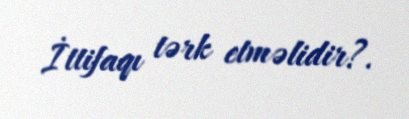
İttifaqı tərk etməlidir?.